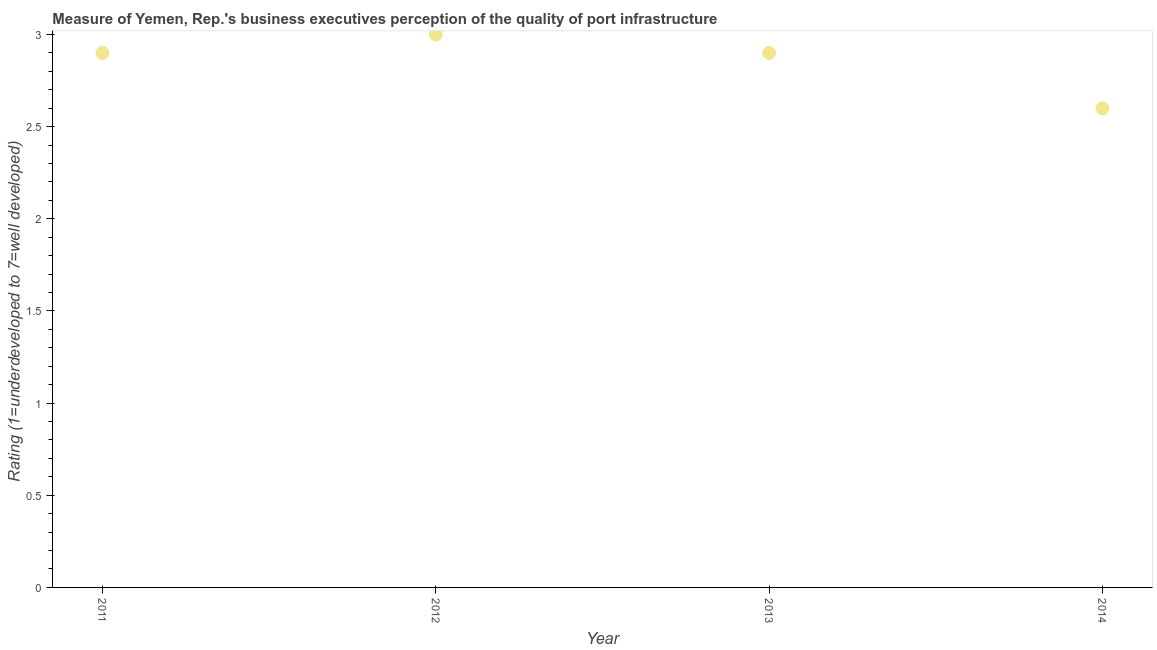
| Year | Quality of port infrastructure |
 | --- | --- |
 | 2011 | 2.9 |
 | 2012 | 3 |
 | 2013 | 2.9 |
 | 2014 | 2.6 |